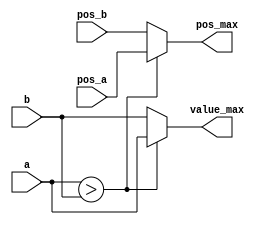
// -----------------------------------------------------------------------------
// Create : 2018-05-31 00:26:39
// Description: returns the maximum value and the position of two vectors, each of DATA_WIDTH bits.
// -----------------------------------------------------------------------------
`timescale 1ns / 1ps


module comparator2 #(
	parameter DATA_WIDTH        = 16, 
	parameter BITS_FOR_POSITION = 4
	)(
		input signed 	[DATA_WIDTH-1:0] 			a,b, //The two values to compare
		input 			[BITS_FOR_POSITION-1:0] 	pos_a, pos_b, // The positions of each of those two values
		output reg 		[BITS_FOR_POSITION-1:0] 	pos_max, //The position of the maximum value
		output reg 		[DATA_WIDTH-1:0] 			value_max
	); //The maximum value
	
	always @* begin
		if(a>b) begin
			pos_max   = pos_a;
			value_max = a;
		end else begin
			pos_max   = pos_b;
			value_max = b;
		end
	end

endmodule